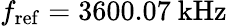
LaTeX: f_{\mathrm{ref}}=3600.07~\mathrm{kHz}